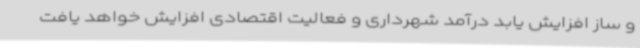
و ساز افزایش یابد درآمد شهرداری و فعالیت اقتصادی افزایش خواهد یافت